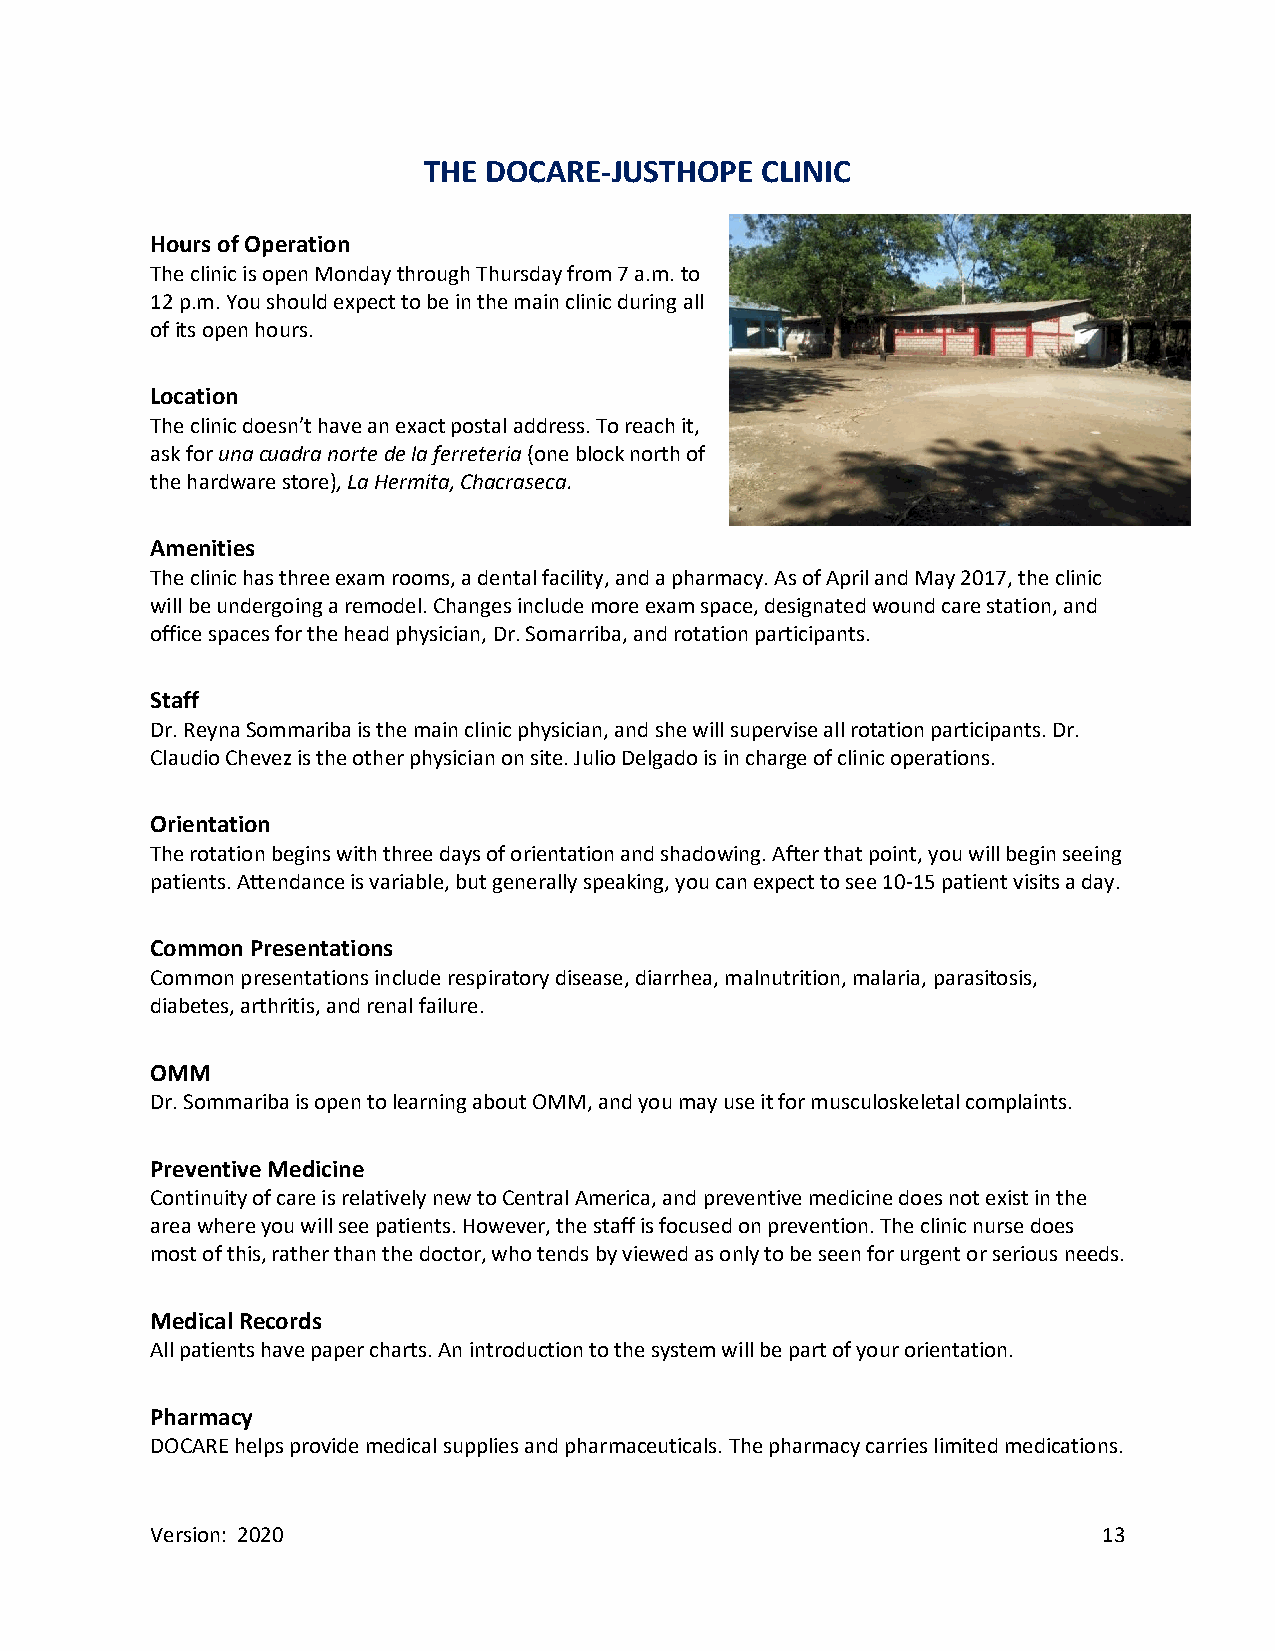
THE DOCARE-JUSTHOPE   CLINIC
 Hours of Operation
 The clinic is open Monday through Thursday from 7 a.m. to
 12 p.m. You should expect to be in the main clinic during all
 of its open hours.
 Location
 The clinic doesn’t have an exact postal address. To reach it,
 ask for una cuadra norte de la ferreteria (one block north of
 the hardware store), La Hermita, Chacraseca.
 Amenities
 The clinic has three exam rooms, a dental facility, and a pharmacy. As of April and May 2017, the clinic
 will be undergoing a remodel. Changes include more exam space, designated wound care station, and
 office spaces for the head physician, Dr. Somarriba, and rotation participants.
 Staff
 Dr. Reyna Sommariba is the main clinic physician, and she will supervise all rotation participants. Dr.
 Claudio Chevez is the other physician on site. Julio Delgado is in charge of clinic operations.
 Orientation
 The rotation begins with three days of orientation and shadowing. After that point, you will begin seeing
 patients. Attendance is variable, but generally speaking, you can expect to see 10-15 patient visits a day.
 Common Presentations
 Common presentations include respiratory disease, diarrhea, malnutrition, malaria, parasitosis,
 diabetes, arthritis, and renal failure.
 OMM
 Dr. Sommariba is open to learning about OMM, and you may use it for musculoskeletal complaints.
 Preventive Medicine
 Continuity of care is relatively new to Central America, and preventive medicine does not exist in the
 area where you will see patients. However, the staff is focused on prevention. The clinic nurse does
 most of this, rather than the doctor, who tends by viewed as only to be seen for urgent or serious needs.
 Medical Records
 All patients have paper charts. An introduction to the system will be part of your orientation.
 Pharmacy
 DOCARE helps provide medical supplies and pharmaceuticals. The pharmacy carries limited medications.
 Version: 2020                                                  13